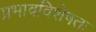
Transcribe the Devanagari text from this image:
प्रभावविशेषतः